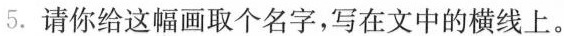
5.请你给这幅画取个名字，写在文中的横线上。